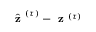
\hat { \textbf { z } } ^ { ( \tau ) } - \textbf { z } ^ { ( \tau ) }